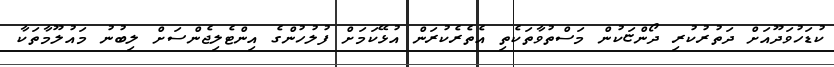
ކުޑަހުވަދޫއަށް ދަތުރުކުރި ދޯންޏަކުން މަސްތުވާތަކެތި އެތެރެކުރަން އުޅޭކަމަށް ފުލުހުންގެ އިންޓެލިޖެންސަށް ލިބުނު މައުލޫމާތަކާ